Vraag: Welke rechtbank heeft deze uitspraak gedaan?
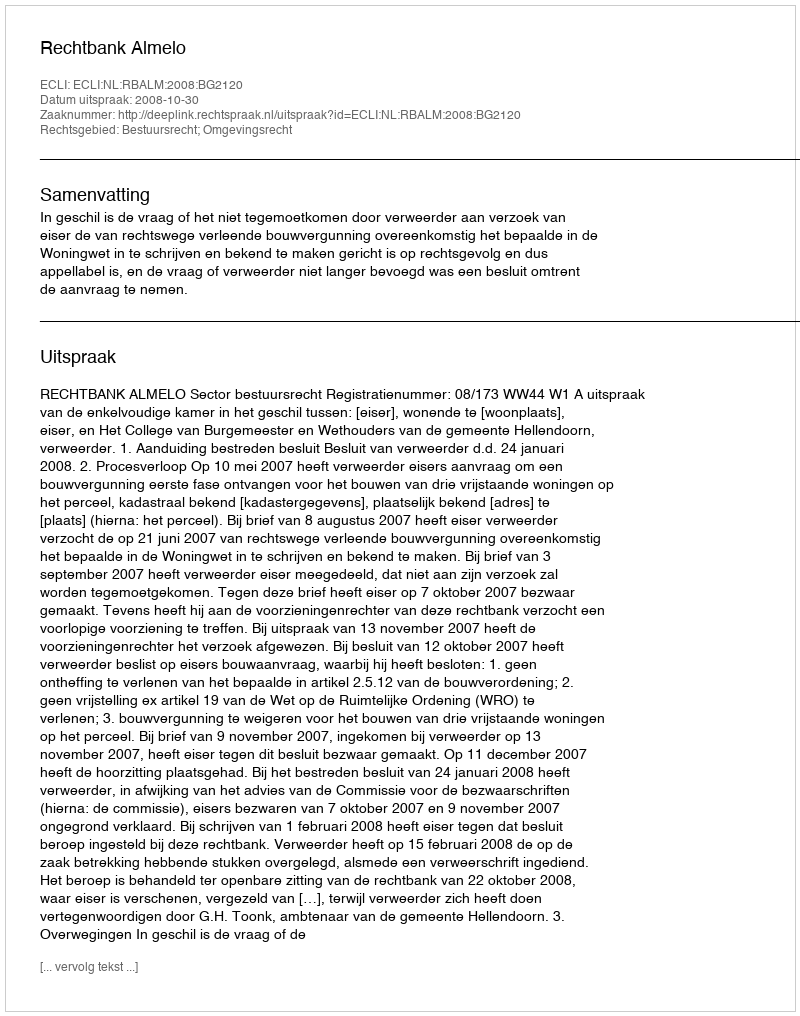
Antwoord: Rechtbank Almelo